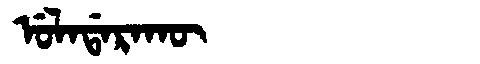
Manchu: ᡠᠯᠠᡩᠠᡵᠠᡴᡡ
Romanization: ULADARAKŪ